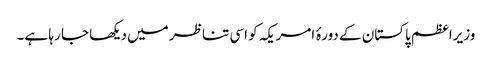
وزیراعظم پاکستان کے دورۂ امریکہ کو اسی تناظر میں دیکھا جا رہا ہے۔